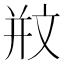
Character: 𣁊